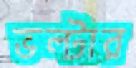
ভল্টার